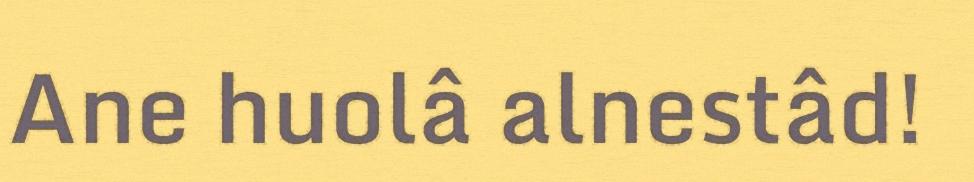
Ane huolâ alnestâd!